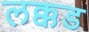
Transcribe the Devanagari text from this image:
लक्कड